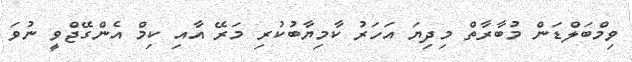
ވިމްބަލްޑަން މުބާރާތް މިދިޔަ އަހަރު ކާމިޔާބުކުރި މަރޭ އާއި ކިމް އެންގޭޖްވީ ނުވަ